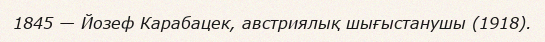
1845 — Йозеф Карабацек, австриялық шығыстанушы (1918).